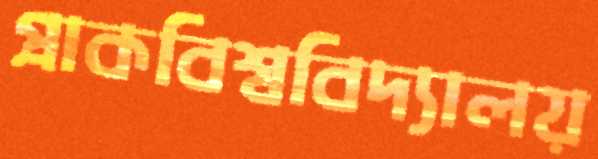
প্রাকবিশ্ববিদ্যালয়